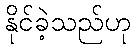
နိုင်ခဲ့သည်ဟု